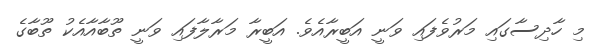
މި ހާދިސާގައި މަރުވެފައި ވަނީ އަބީރާއެވެ. އަބީރާ މަރާލާފައި ވަނީ ތޫބާއާއެކު ތޫބާގެ